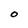
Character: 0